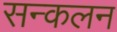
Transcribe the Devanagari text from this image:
सन्कलन